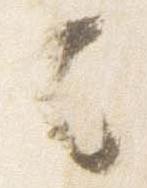
去